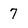
Character: 7